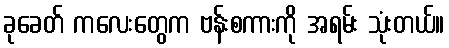
ခုခေတ် ကလေးတွေက ဗန်းစကားကို အရမ်း သုံးတယ်။